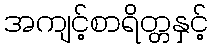
အကျင့်စာရိတ္တနှင့်